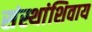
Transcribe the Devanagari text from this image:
संस्थांशिवाय